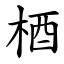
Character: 梄